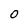
Character: 0